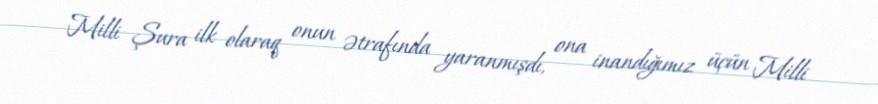
Milli Şura ilk olaraq onun ətrafında yaranmışdı, ona inandığımız üçün Milli